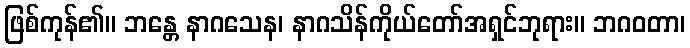
ဖြစ်ကုန်၏။ ဘန္တေ နာဂသေန၊ နာဂသိန်ကိုယ်တော်အရှင်ဘုရား။ ဘဂဝတာ၊